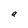
Character: a